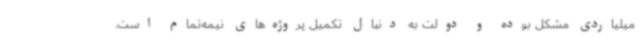
میلیاردی مشکل بوده و دولت به دنبال تکمیل پروژه‌های نیمه‌تمام است.